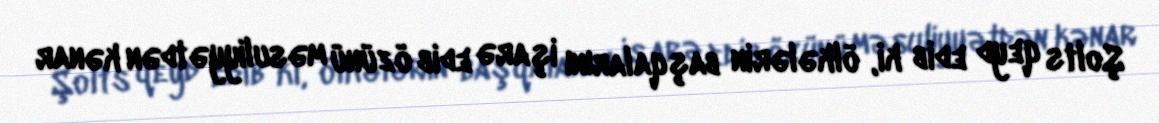
Şolts qeyd edib ki, ölkələrin başqalarını işarə edib özünü məsuliyyətdən kənar